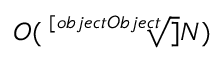
O ( { \sqrt [ [object Object] ] { N } } )